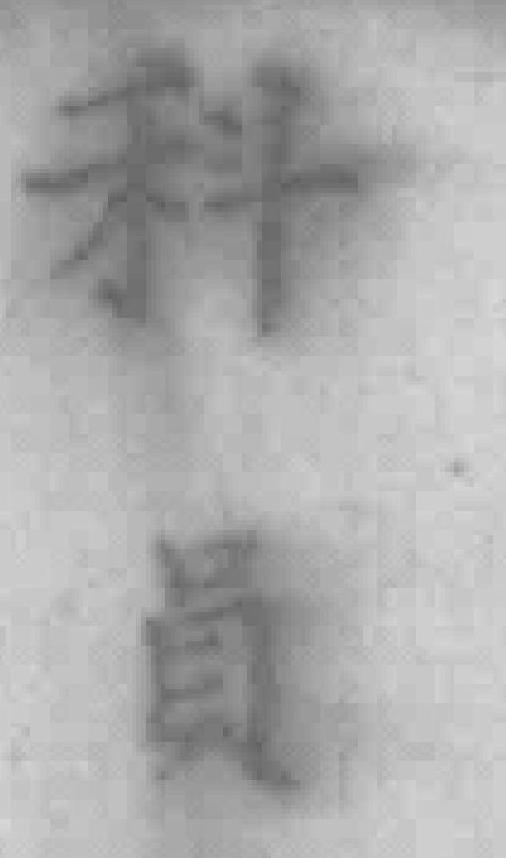
科員